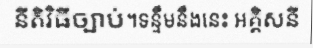
នីតិវិធីច្បាប់។ទន្ទឹមនឹងនេះ អគ្គិសនី